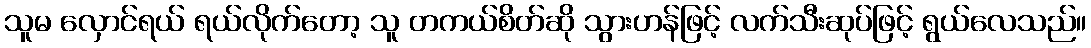
သူမ လှောင်ရယ် ရယ်လိုက်တော့ သူ တကယ်စိတ်ဆို သွားဟန်ဖြင့် လက်သီးဆုပ်ဖြင့် ရွယ်လေသည်။